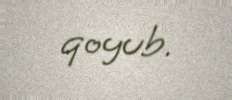
qoyub.